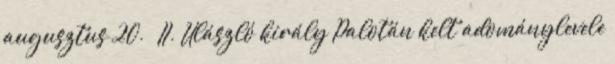
augusztus 20. – II. Ulászló király Palotán kelt adománylevele